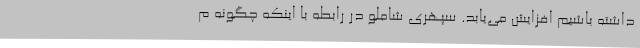
داشته باشیم افزایش می‌یابد. سپهری شاملو در رابطه با اینکه چگونه م